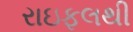
રાઇફલથી